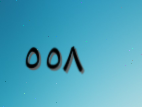
٥٥٨